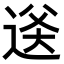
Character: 𬨫